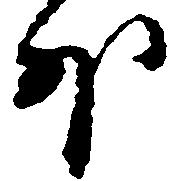
外